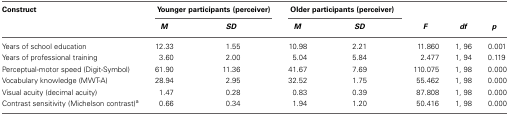
<table><thead><tr><td><b>Construct</b></td><td colspan="2"><b>Younger participants (perceiver)</b></td><td colspan="2"><b>Older participants (perceiver)</b></td><td></td><td></td><td></td></tr><tr><td></td><td><b><i>M</i></b></td><td><b><i>SD</i></b></td><td><b><i>M</i></b></td><td><b><i>SD</i></b></td><td><b><i>F</i></b></td><td><b><i>df</i></b></td><td><b><i>p</i></b></td></tr></thead><tbody><tr><td>Years of school education</td><td>12.33</td><td>1.55</td><td>10.98</td><td>2.21</td><td>11.860</td><td>1, 96</td><td>0.001</td></tr><tr><td>Years of professional training</td><td>3.60</td><td>2.00</td><td>5.04</td><td>5.84</td><td>2.477</td><td>1, 94</td><td>0.119</td></tr><tr><td>Perceptual-motor speed (Digit-Symbol)</td><td>61.90</td><td>11.36</td><td>41.67</td><td>7.69</td><td>110.075</td><td>1, 98</td><td>0.000</td></tr><tr><td>Vocabulary knowledge (MWT-A)</td><td>28.94</td><td>2.95</td><td>32.52</td><td>1.75</td><td>55.462</td><td>1, 98</td><td>0.000</td></tr><tr><td>Visual acuity (decimal acuity)</td><td>1.47</td><td>0.28</td><td>0.83</td><td>0.39</td><td>87.808</td><td>1, 98</td><td>0.000</td></tr><tr><td>Contrast sensitivity (Michelson contrast)<sup>a</sup></td><td>0.66</td><td>0.34</td><td>1.94</td><td>1.20</td><td>50.416</td><td>1, 98</td><td>0.000</td></tr></tbody></table>